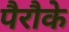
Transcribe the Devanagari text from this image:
पैरौके